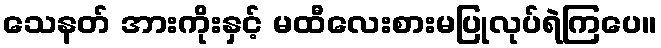
သေနတ် အားကိုးနှင့် မထီလေးစားမပြုလုပ်ရဲကြပေ။